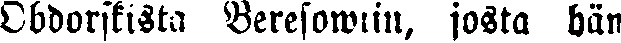
Obdorskista Beresowiin, josta hän